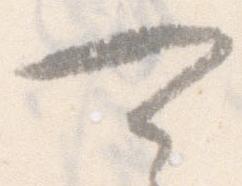
可